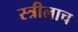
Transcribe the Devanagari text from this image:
स्त्रीलाच